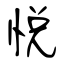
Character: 悅